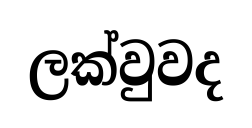
ලක්වුවද